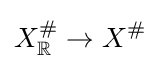
X_{\mathbb {R} }^{\#}\to X^{\#}